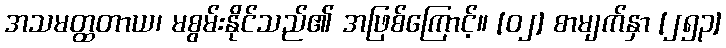
အသမတ္ထတာယ၊ မစွမ်းနိုင်သည်၏ အဖြစ်ကြောင့်။ [၀၂] စာမျက်နှာ [၂၅၃]